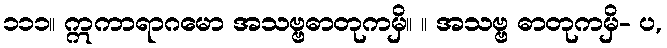
၁၁၁။ ဣကာရာဂမော အသဗ္ဗဓာတုကမှိ။ ။ အသဗ္ဗ ဓာတုကမှိ- ပ,